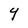
Character: Y